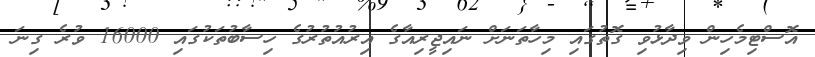
އޮސްޓިމެހިން ވިދާޅުވި ގޮތުގައި މިހާތަނަށް ނައިޖީރިއާގެ އިރުއުތުރުގެ ހިސާބުތަކުގައި 16000 ވުރެ ގިނަ